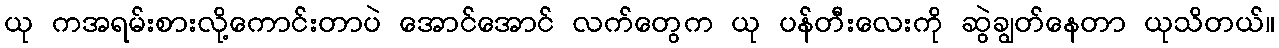
ယု ကအရမ်းစားလို့ကောင်းတာပဲ အောင်အောင် လက်တွေက ယု ပန်တီးလေးကို ဆွဲချွတ်နေတာ ယုသိတယ်။